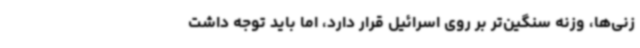
زنی‌ها، وزنه سنگین‌تر بر روی اسرائیل قرار دارد، اما باید توجه داشت